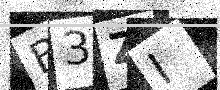
Text: B3ZI